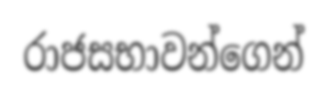
රාජසභාවන්ගෙන්